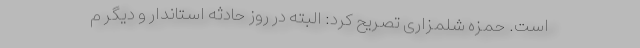
است. حمزه شلمزاری تصریح کرد: البته در روز حادثه استاندار و دیگر م